Specificity of antivenomous sera, with special reference to a serum prepared with the venom of Daboia russellii - Number 16
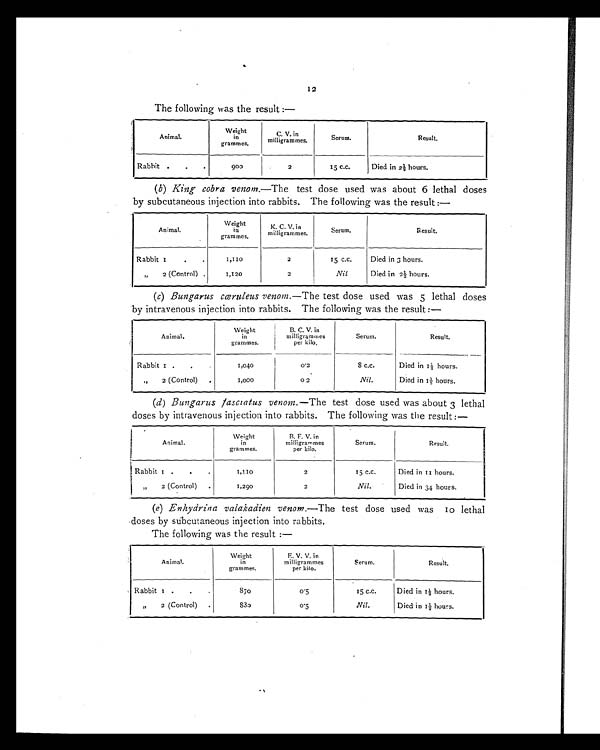
1 2
The following was the result :—
Animal.
Weight
in
grammes.
C. V. in
milligrammes.
Serum.
Result.
Rabbit .
.
.
9 0 0
2
15 C.C.
Died in 2½ hours.
(b) King cobra venom.—The test dose used was about 6 lethal doses
by subcutaneous injection into rabbits. The following was the result:—
Animal.
Weight
in
grammes.
K. C. V. in
milligrammes.
Serum.
Result.
Rabbit 1
.
.
1 , 1 1 0
2
15 C.C.
Died in 3 hours.
" 2 (Control) .
1,120
2
Nil
Died in 2½ hours.
(c) Bungarus cœruleus venom.—The test dose used was 5 lethal doses
by intravenous injection into rabbits. The following was the result :—
Animal,
Weight
in
grammes.
B. C. V. in
milligrammes
per kilo.
Serum.
Result.
Rabbit 1 .
.
.
1,040
0.2
8 c.c.
Died in 1½ hours.
"
2
(Control)
.
1,000
0 2
Nil.
Died in 1½ hours.
(d) Bungarus fasciatus venom.—The test dose used was about 3 lethal
doses by intravenous injection into rabbits. The following was the result:—
Animal.
w e i g h t
in
grammes.
B. F. V. in
milligrammes
per kilo.
Serum.
Result,
Rabbit 1 .
.
.
1 , 1 1 0
2
15 C.C.
Died in 11 hours.
„
2 (Control)
.
1,290
2
Nil.
Died in 34 hours.
(e) Enhydrina valakadien venom.—The test dose used was 10 lethal
doses by subcutaneous injection into rabbits.
The following was the result :—
Animal.
Weight
in
grammes.
E. V. V. in
milligrammes
per kilo.
S e r u m .
Result.
Rabbit 1 .
.
.
8 7 0
0.5
15 C.C.
Died in 1½ hours.
"
2 (Control)
.
8 8 0
0.5
Nil.
Died i n 1½ hours.